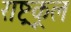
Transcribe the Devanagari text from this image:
राष्ट्रकूल